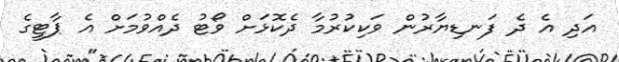
އަދި އެ ދެ ފަނޑިޔާރުން ވަކިކުރުމާ ދެކޮޅަށް ވޯޓު ދެއްވުމަށް އެ ޕާޓީގެ